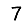
Digit: 7